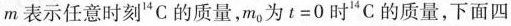
m表示任意时刻^{14}C的质量，m_{0}为$$t=0$$时^{14}C的质量，下面四